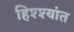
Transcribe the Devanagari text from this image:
हिश्श्यांत